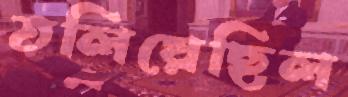
তলিয়েছিল